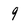
Character: 9